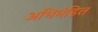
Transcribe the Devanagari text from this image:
अभिमंडित